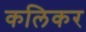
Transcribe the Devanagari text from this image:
कलिकर